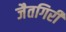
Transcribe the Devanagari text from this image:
जैतगिरी